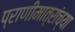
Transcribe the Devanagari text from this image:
प्राणीमात्रांच्या